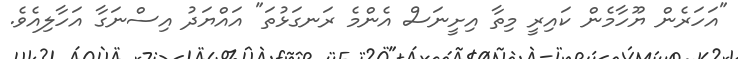
"އަހަރެން ޔޫހާމެން ކައިރީ މިތާ އިށީނަސް އެންމެ ރަނގަޅުތަ" އައްޔަދު އިސްނަގާ އަހާލިއެވެ.